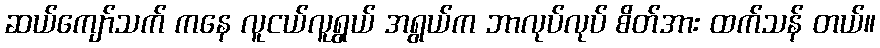
ဆယ်ကျော်သက် ကနေ လူငယ်လူရွယ် အရွယ်က ဘာလုပ်လုပ် စိတ်အား ထက်သန် တယ်။